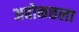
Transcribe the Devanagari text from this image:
अहोकछला